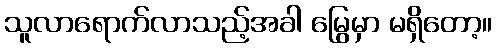
သူလာရောက်လာသည့်အခါ မြွေမှာ မရှိတော့။